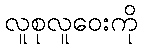
လူစုလူဝေးကို